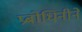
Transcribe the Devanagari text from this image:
प्रबोधिनीने